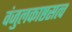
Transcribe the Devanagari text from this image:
वंजुलकाष्ठसत्व